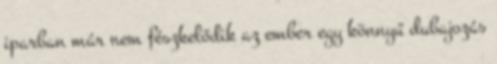
iparban már nem fészkelődik az ember egy könnyű dubajozás